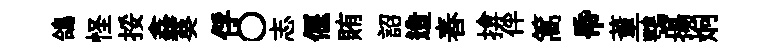
鴿怪挼鑫葵俘〇志偃賄詔造舂揜伴篙帋董鶚揚炯